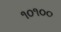
૧૦૧૦૦